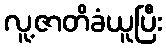
လူ့ဇာတိခံယူပြီး